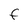
Character: F